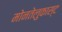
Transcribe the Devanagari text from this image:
मोनतेलुकास्ट